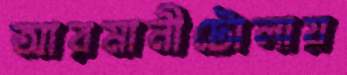
আরমানীটোলায়